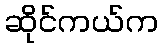
ဆိုင်ကယ်က